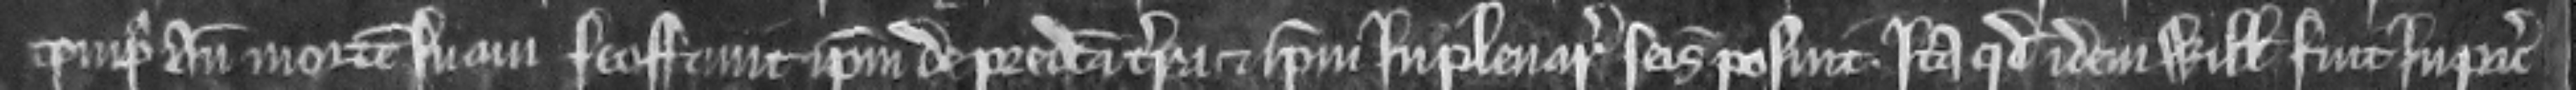
tempus ante mortem suam feoffavit ipsum de predicta terra et ipsum in plenaria seisina posuit. ita quod idem Willelmus fuit in pacifica